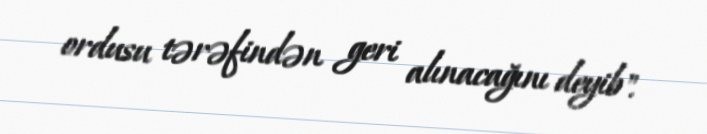
ordusu tərəfindən geri alınacağını deyib".